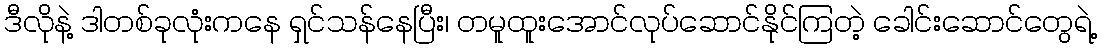
ဒီလိုနဲ့ ဒါတစ်ခုလုံးကနေ ရှင်သန်နေပြီး၊ တမူထူးအောင်လုပ်ဆောင်နိုင်ကြတဲ့ ခေါင်းဆောင်တွေရဲ့